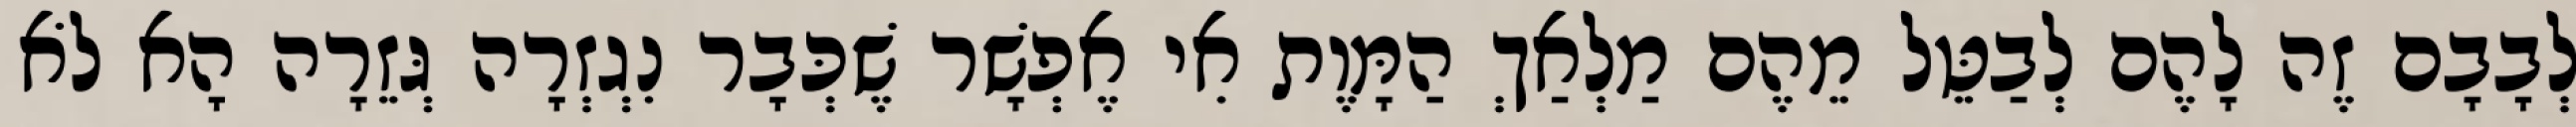
לְבָבָם זֶה לָהֶם לְבַטֵּל מֵהֶם מַלְאַךְ הַמָּוֶת אִי אֶפְשָׁר שֶׁכְּבָר נִגְזְרָה גְּזֵרָה הָא לֹא